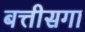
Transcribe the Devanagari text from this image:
बत्तीसगा